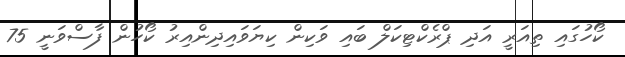
ކޯހުގައި ތިއަރީ އަދި ޕްރެކްޓިކަލް ބައި ވަކިން ކިޔަވައިދިންއިރު ކޯހުން ފާސްވަނީ 75